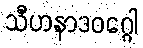
သီဟနာဒဝဂ္ဂေါ